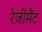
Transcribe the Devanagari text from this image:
रेजीमैंट